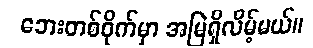
ဘေးတစ်ဝိုက်မှာ အမြဲရှိလိမ့်မယ်။